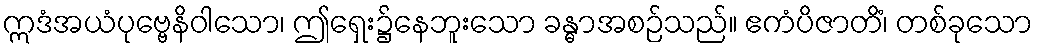
ဣဒံအယံပုဗ္ဗေနိဝါသော၊ ဤရှေး၌နေဘူးသော ခန္ဓာအစဉ်သည်။ ဧကံပိဇာတိံ၊ တစ်ခုသော